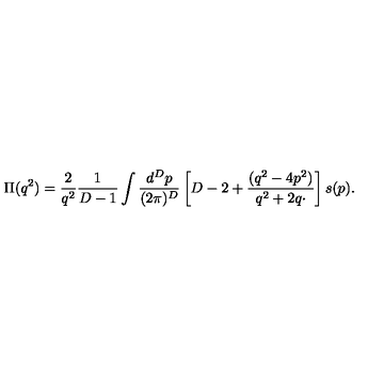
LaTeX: \Pi ( q ^ { 2 } ) = { \frac { 2 } { q ^ { 2 } } } { \frac { 1 } { D - 1 } } \int { \frac { d ^ { D } p } { ( 2 \pi ) ^ { D } } } \left[ D - 2 + { \frac { ( q ^ { 2 } - 4 p ^ { 2 } ) } { q ^ { 2 } + 2 q \cdotp } } \right] s ( p ) .